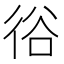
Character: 𢓾